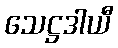
သေဋ္ဌဒါယီ